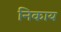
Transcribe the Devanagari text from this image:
निकाय